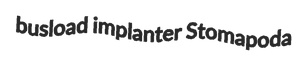
busload implanter Stomapoda